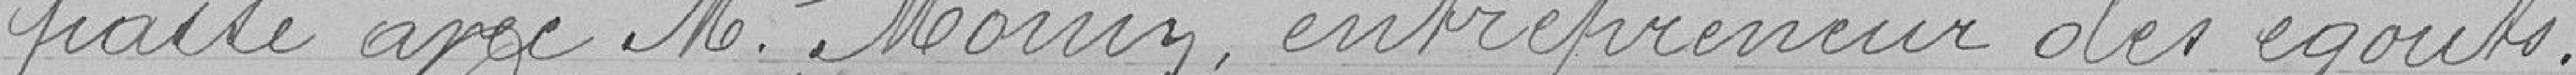
passé avec M. Morin, entrepreneur des égouts.